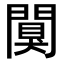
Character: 闃